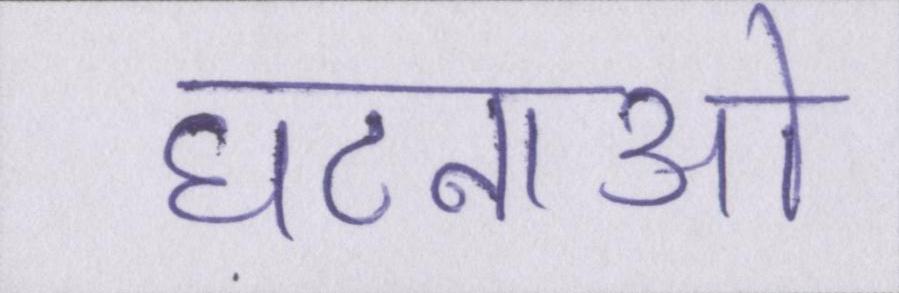
घटनाओ